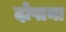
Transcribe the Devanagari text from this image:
दोपाया